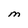
Character: M